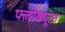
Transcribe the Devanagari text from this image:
फ्लोक्यूल